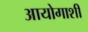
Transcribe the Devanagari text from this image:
आयोगाशी